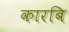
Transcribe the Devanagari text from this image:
कारबि